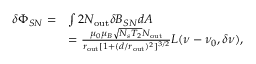
\begin{array} { r l } { \delta \Phi _ { S N } = } & { \int 2 N _ { \mathrm { o u t } } \delta B _ { S N } d A } \\ & { = \frac { \mu _ { 0 } \mu _ { B } \sqrt { N _ { s } T _ { 2 } } N _ { \mathrm { o u t } } } { r _ { \mathrm { o u t } } [ 1 + ( d / r _ { \mathrm { o u t } } ) ^ { 2 } ] ^ { 3 / 2 } } L ( \nu - \nu _ { 0 } , \delta \nu ) , } \end{array}